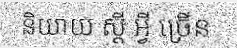
និយាយ ស្តី អ្វី ច្រើន